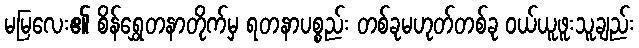
မမြလေး၏ စိန်ရွှေတနာတိုက်မှ ရတနာပစ္စည်း တစ်ခုမဟုတ်တစ်ခု ဝယ်ယူဖူးသူချည်း